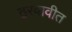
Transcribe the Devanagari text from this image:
ठरवावीत